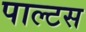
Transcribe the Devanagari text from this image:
पाल्टस